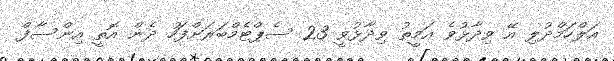
އަލްހަމްދުލި އޭ ވިދާޅުވެ އަމީތު ވިދާޅުވީ 23 ސެޕްޓެމްބަރަށްފަހު ދެން އޮތީ އިންސާފް